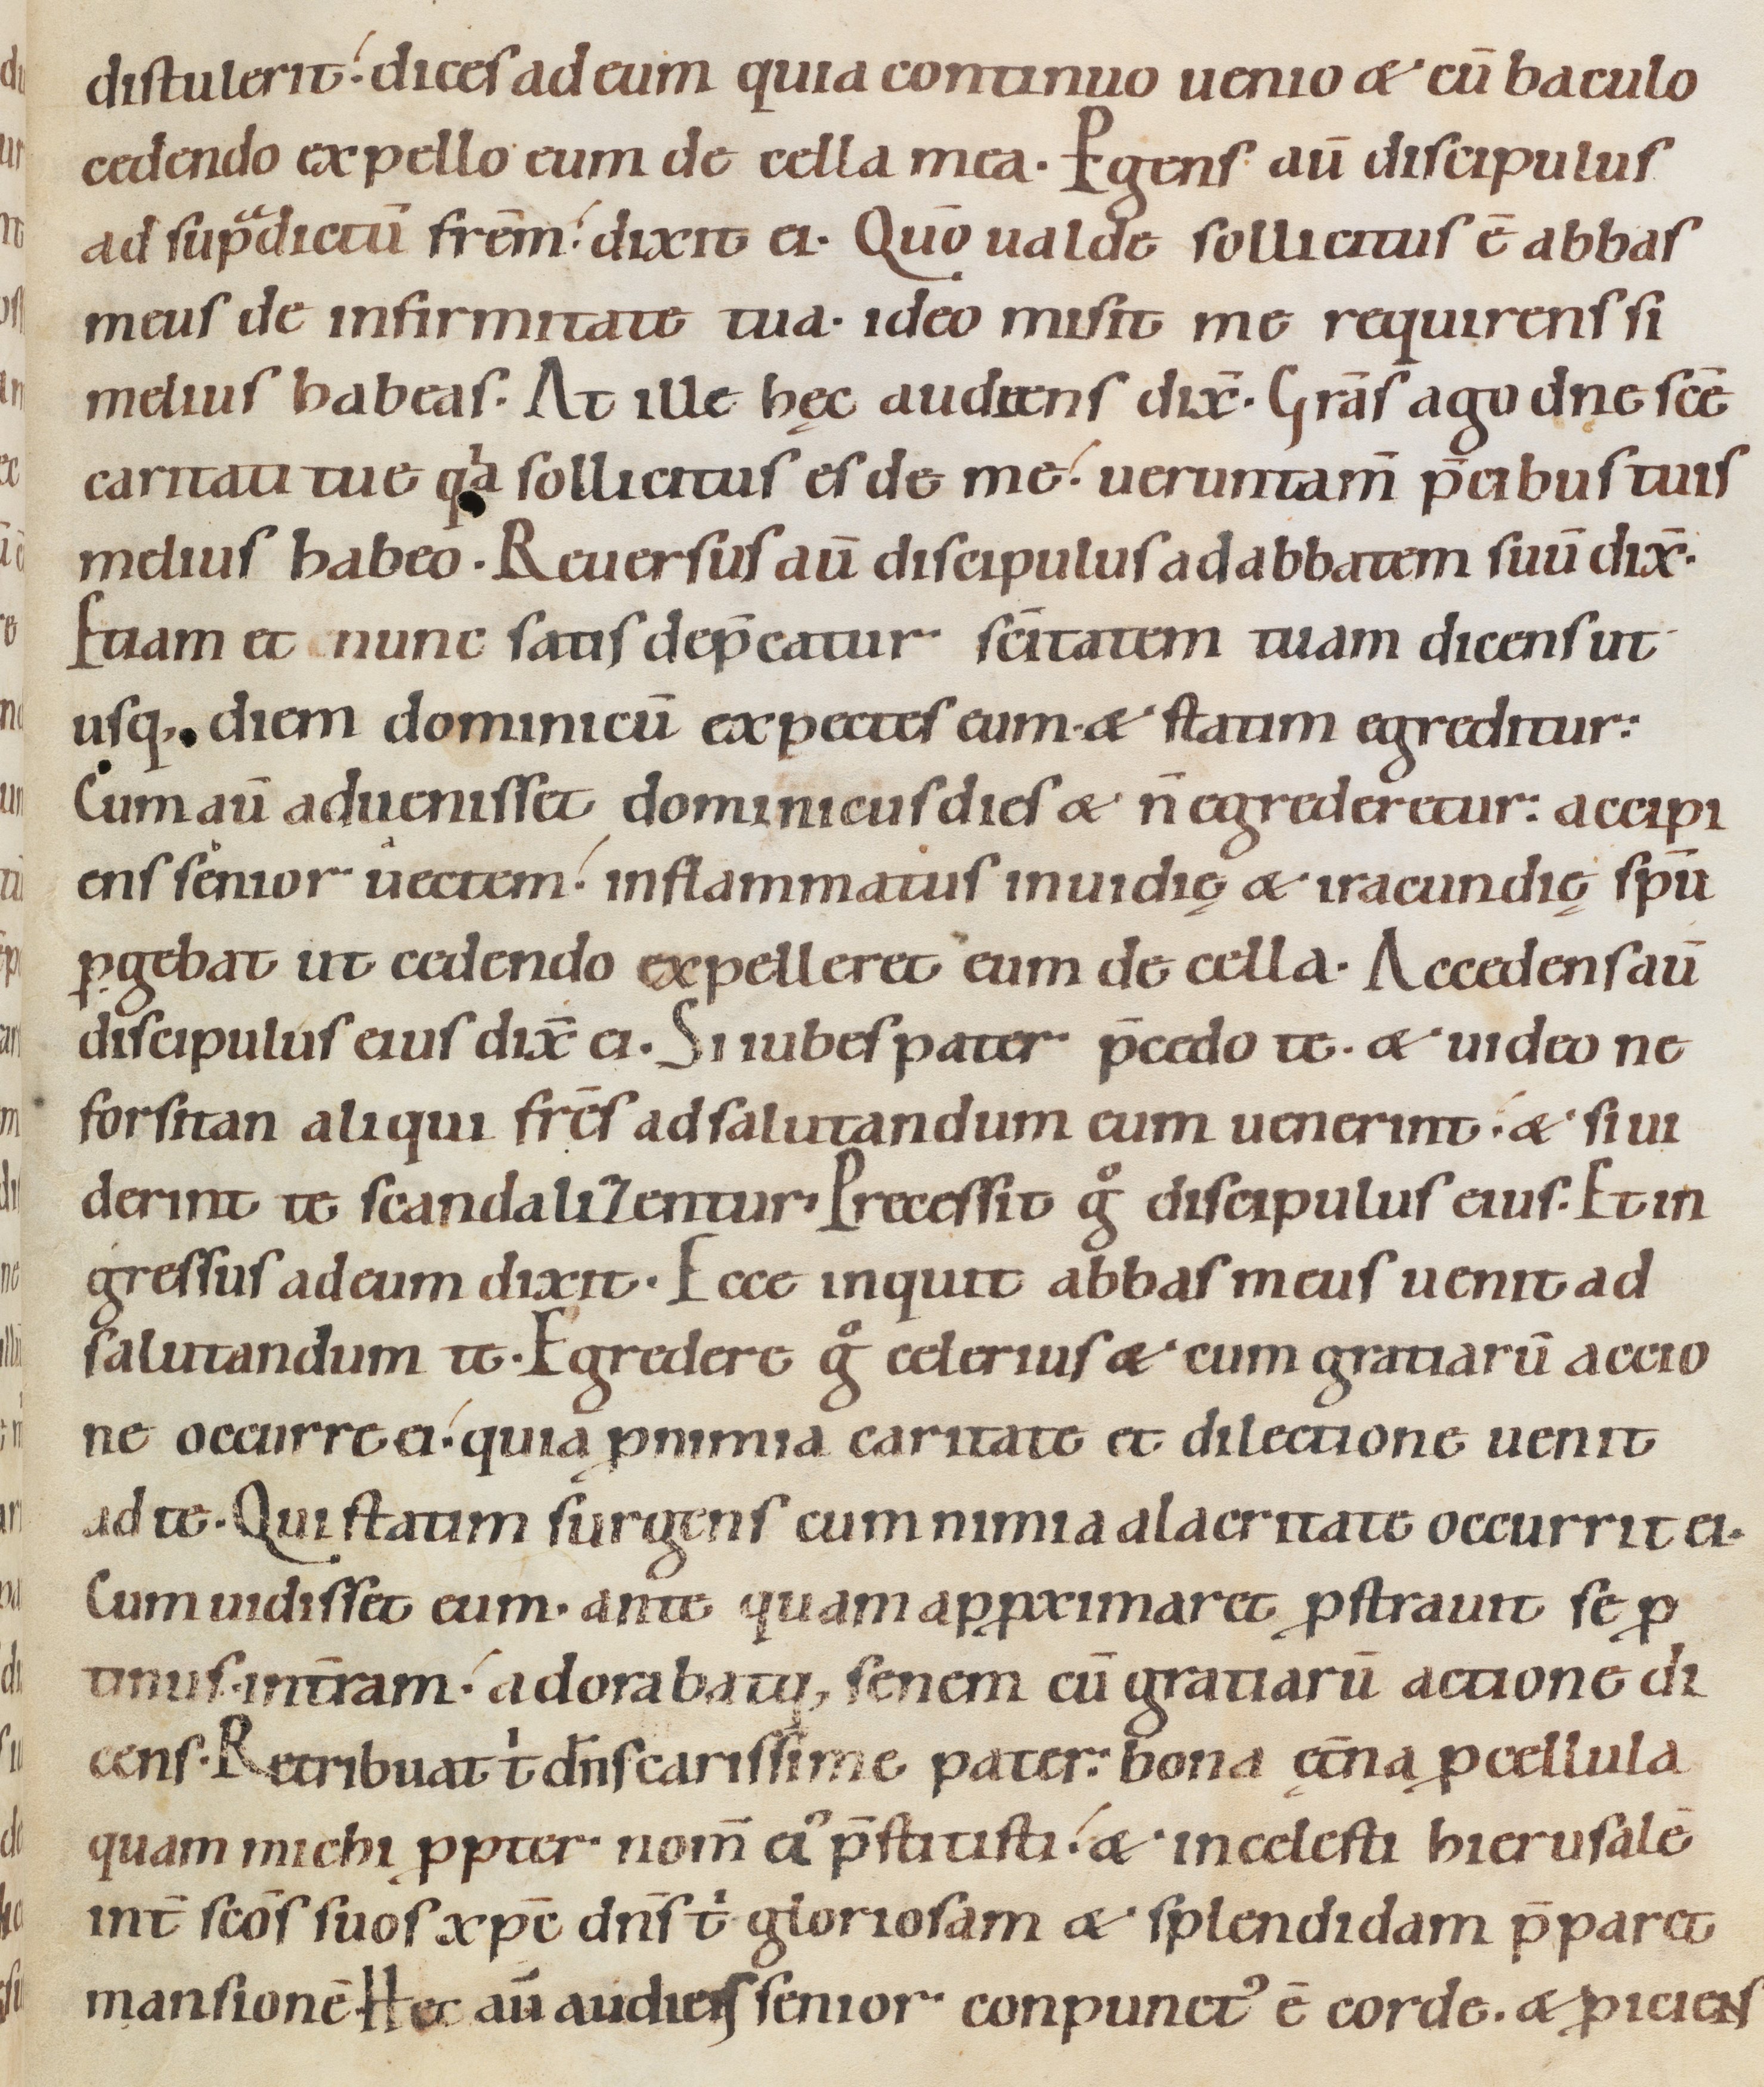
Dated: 1080–1096